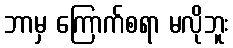
ဘာမှ ကြောက်စရာ မလိုဘူး